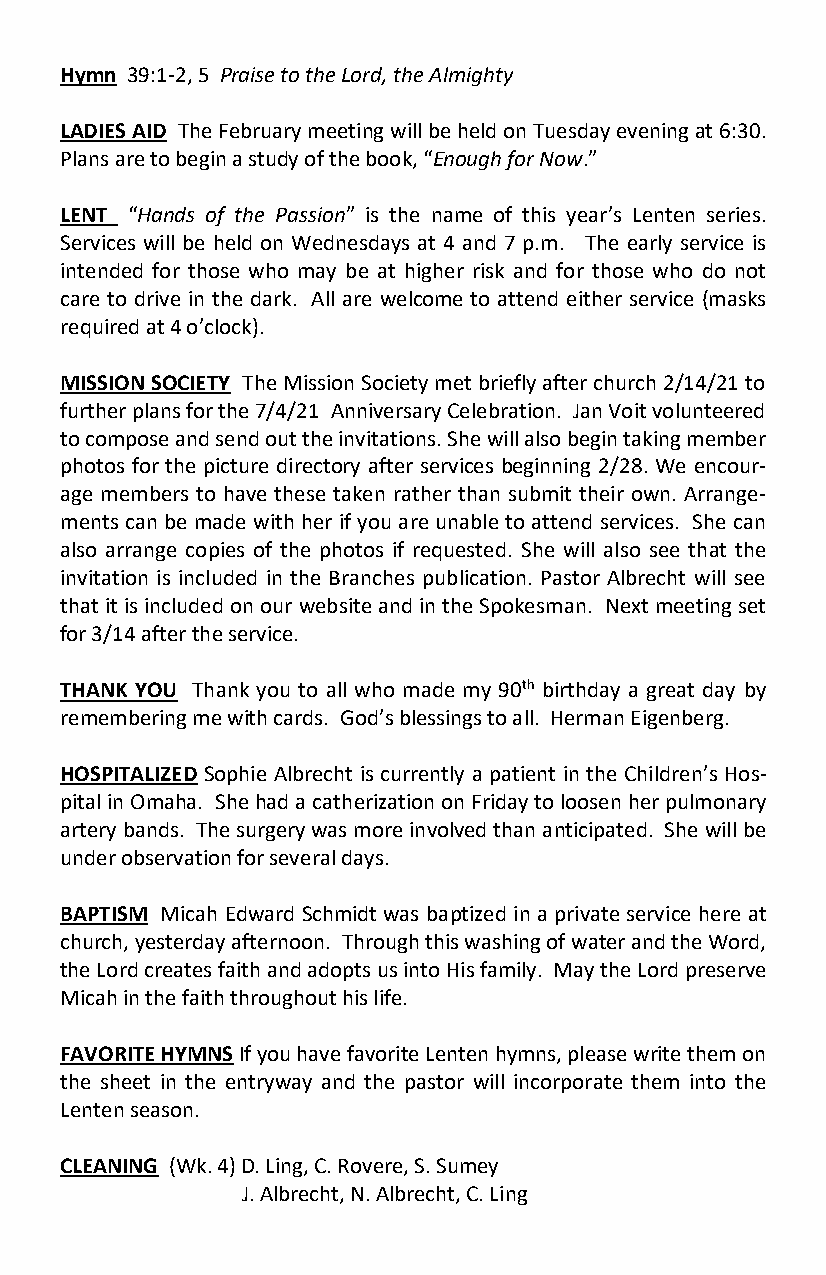
Hymn 39:1-2, 5 Praise to the Lord, the Almighty
 LADIES AID The February meeting will be held on Tuesday evening at 6:30.
 Plans are to begin a study of the book, “Enough for Now.”
 LENT “Hands of the Passion” is the name of this year’s Lenten series.
 Services will be held on Wednesdays at 4 and 7 p.m. The early service is
 intended for those who may be at higher risk and for those who do not
 care to drive in the dark. All are welcome to attend either service (masks
 required at 4 o’clock).
 MISSION SOCIETY The Mission Society met briefly after church 2/14/21 to
 further plans for the 7/4/21 Anniversary Celebration. Jan Voit volunteered
 to compose and send out the invitations. She will also begin taking member
 photos for the picture directory after services beginning 2/28. We encour-
 age members to have these taken rather than submit their own. Arrange-
 ments can be made with her if you are unable to attend services. She can
 also arrange copies of the photos if requested. She will also see that the
 invitation is included in the Branches publication. Pastor Albrecht will see
 that it is included on our website and in the Spokesman. Next meeting set
 for 3/14 after the service.
 THANK YOU Thank you to all who made my 90th birthday a great day by
 remembering me with cards. God’s blessings to all. Herman Eigenberg.
 HOSPITALIZED Sophie Albrecht is currently a patient in the Children’s Hos-
 pital in Omaha. She had a catherization on Friday to loosen her pulmonary
 artery bands. The surgery was more involved than anticipated. She will be
 under observation for several days.
 BAPTISM Micah Edward Schmidt was baptized in a private service here at
 church, yesterday afternoon. Through this washing of water and the Word,
 the Lord creates faith and adopts us into His family. May the Lord preserve
 Micah in the faith throughout his life.
 FAVORITE HYMNS If you have favorite Lenten hymns, please write them on
 the sheet in the entryway and the pastor will incorporate them into the
 Lenten season.
 CLEANING (Wk. 4) D. Ling, C. Rovere, S. Sumey
 J. Albrecht, N. Albrecht, C. Ling